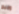
وبيع